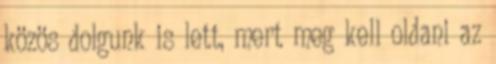
közös dolgunk is lett, mert meg kell oldani az